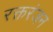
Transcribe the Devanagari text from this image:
रक्तरंजन